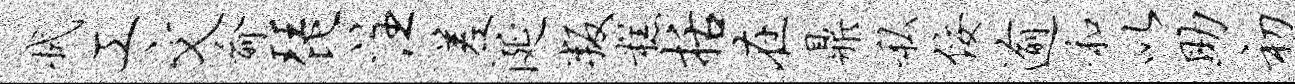
拭工文俞琵注差涎叛糕括在鼎私佞逾和以助初